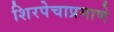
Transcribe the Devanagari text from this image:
शिरपेचाप्रमाणे